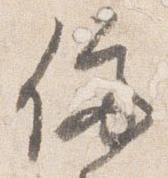
停